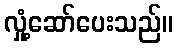
လှုံ့ဆော်ပေးသည်။